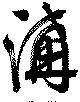
溝